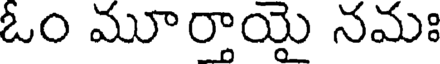
ఓం మూర్తాయై నమః